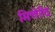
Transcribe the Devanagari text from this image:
मित्तेर्रंद